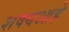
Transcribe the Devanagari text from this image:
शक्यआहे